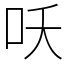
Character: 㕭